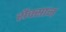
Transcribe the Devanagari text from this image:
रौक्सान